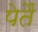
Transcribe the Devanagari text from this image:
पेतैं